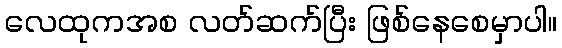
လေထုကအစ လတ်ဆက်ပြီး ဖြစ်နေစေမှာပါ။